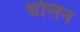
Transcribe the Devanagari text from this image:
धोलन